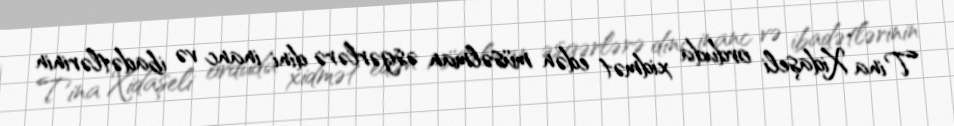
Tina Xidaşeli orduda xidmət edən müsəlman əsgərlərə dini inanc və ibadətlərinin